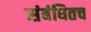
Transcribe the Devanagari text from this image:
संबंधितच